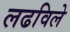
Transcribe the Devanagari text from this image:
लढविले